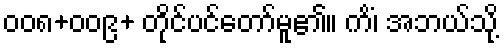
၀၀၈+၀၀၉+ တိုင်ပင်တော်မူ၏။ ကိံ၊ အဘယ်သို့